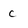
Character: c